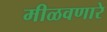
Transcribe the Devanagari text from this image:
मीळवणारे